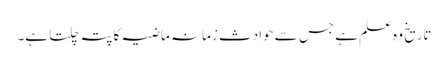
تاریخ وہ علم ہے جس سے حوادث زمانہ ماضیہ کا پتہ چلتا ہے۔